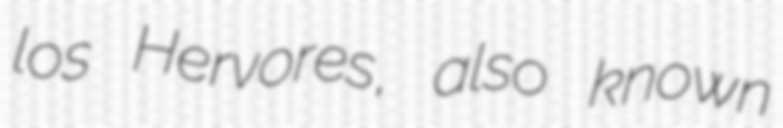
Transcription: los Hervores, also known